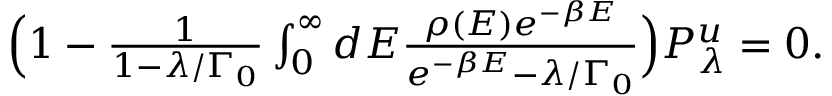
\begin{array} { r } { \Big ( 1 - \frac { 1 } { 1 - \lambda / \Gamma _ { 0 } } \int _ { 0 } ^ { \infty } d E \frac { \rho ( E ) e ^ { - \beta E } } { e ^ { - \beta E } - \lambda / \Gamma _ { 0 } } \Big ) P _ { \lambda } ^ { u } = 0 . } \end{array}